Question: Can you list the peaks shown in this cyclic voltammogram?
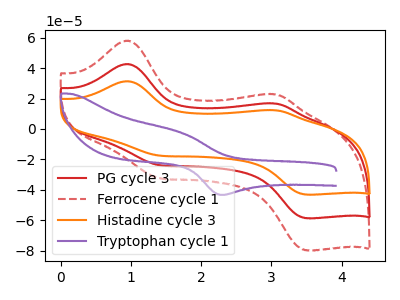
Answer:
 <answer>The red curve "PG cycle 3" has anodic peaks at (0.95V, 42.70uA) (3.05V, 16.75uA) and cathodic peaks at (1.40V, -23.75uA) (3.50V, -58.70uA). The red dashed curve "Ferrocene cycle 1" has anodic peaks at (0.95V, 85.40uA) (3.05V, 33.55uA) and cathodic peaks at (1.40V, -47.55uA) (3.50V, -117.45uA). The orange curve "Histadine cycle 3" has anodic peaks at (0.95V, 31.40uA) (3.05V, 12.35uA) and cathodic peaks at (1.40V, -17.50uA) (3.50V, -43.15uA). The purple curve "Tryptophan cycle 1" has an anodic peak at (1.70V, -2.50uA) and a cathodic peak at (2.30V, -43.30uA).</answer>
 <eval></eval>